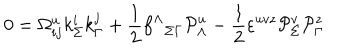
0 = \Omega _ { i j } ^ { u } k _ { \Sigma } ^ { i } k _ { \Gamma } ^ { j } + { \frac { 1 } { 2 } } { f ^ { \Lambda } } _ { \Sigma \Gamma } { \cal P } _ { \Lambda } ^ { u } - { \frac { 1 } { 2 } } \varepsilon ^ { u v z } { \cal P } _ { \Sigma } ^ { v } { \cal P } _ { \Gamma } ^ { z }